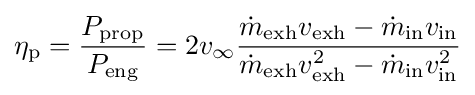
\eta _{\mathrm {p} }={\frac {P_{\mathrm {prop} }}{P_{\mathrm {eng} }}}=2v_{\infty }{\frac {{\dot {m}}_{\mathrm {exh} }v_{\mathrm {exh} }-{\dot {m}}_{\mathrm {in} }v_{\mathrm {in} }}{{\dot {m}}_{\mathrm {exh} }v_{\mathrm {exh} }^{2}-{\dot {m}}_{\mathrm {in} }v_{\mathrm {in} }^{2}}}